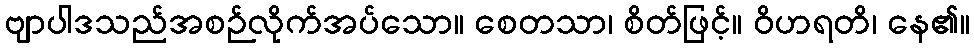
ဗျာပါဒသည်အစဉ်လိုက်အပ်သော။ စေတသာ၊ စိတ်ဖြင့်။ ဝိဟရတိ၊ နေ၏။